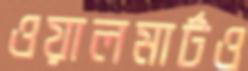
ওয়ালমার্টও